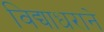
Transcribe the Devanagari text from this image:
विद्याधराने